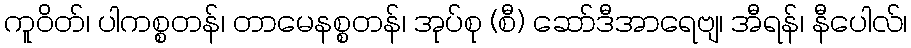
ကူဝိတ်၊ ပါကစ္စတန်၊ တာမေနစ္စတန်၊ အုပ်စု (စီ) ဆော်ဒီအာရေဗျ၊ အီရန်၊ နီပေါလ်၊